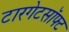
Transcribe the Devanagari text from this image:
टारगेटसॉफ्ट